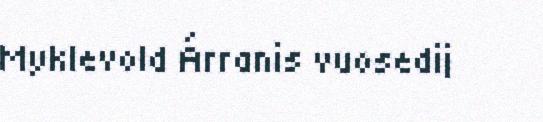
Myklevold Árranis vuosedij